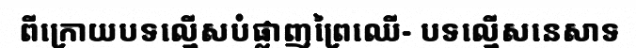
ពីក្រោយបទល្មើសបំផ្លាញព្រៃឈើ- បទល្មើសនេសាទ